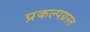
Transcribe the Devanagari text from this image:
प्रकल्पग्रस्त